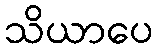
သိယာပေ